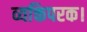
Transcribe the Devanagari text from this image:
व्यक्तिपरक।